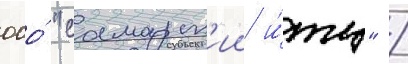
ооо́ "самарск'ии и́тц" /